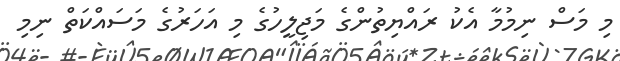
މި މަސް ނިމުމާ އެކު ރައްޔިތުންގެ މަޖިލީހުގެ މި އަހަރުގެ މަސައްކަތް ނިމި